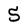
Character: 5